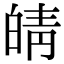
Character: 皘